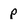
Character: p